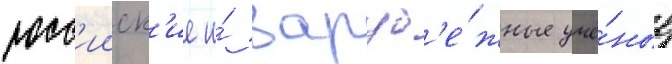
росс'ииск'ие и́ заруб'е́жные учё́ные